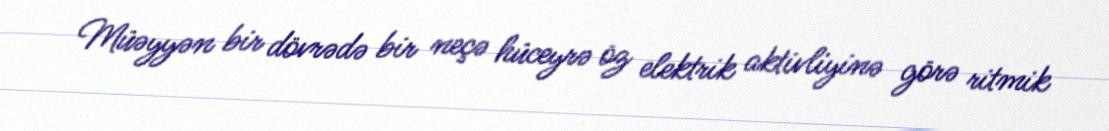
Müəyyən bir dövrədə bir neçə hüceyrə öz elektrik aktivliyinə görə ritmik